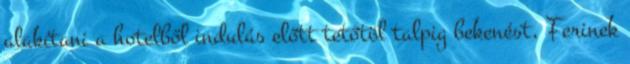
alakítani a hotelből indulás előtt tetőtöl talpig bekenést, Ferinek